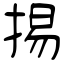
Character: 掦